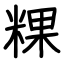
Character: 粿